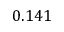
0 . 1 4 1